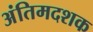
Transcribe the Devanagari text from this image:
अंतिमदशक